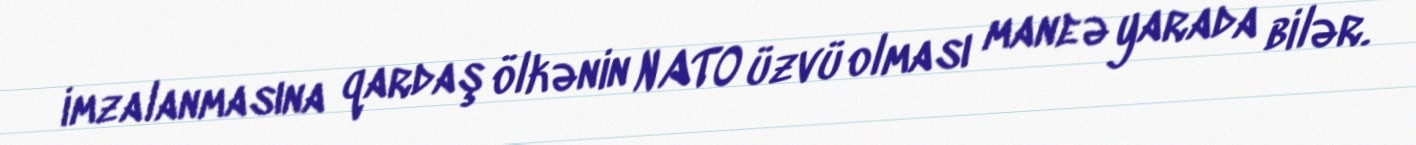
imzalanmasına qardaş ölkənin NATO üzvü olması maneə yarada bilər.